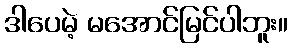
ဒါပေမဲ့ မအောင်မြင်ပါဘူး။